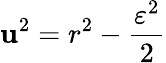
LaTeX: \mathbf{u}^{2}=r^{2}-{\frac{{\varepsilon^{2}}}{{2}}}